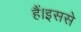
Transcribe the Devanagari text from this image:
हैं।इससे